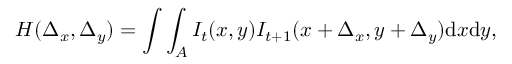
H ( \Delta _ { x } , \Delta _ { y } ) = \int \int _ { A } I _ { t } ( x , y ) I _ { t + 1 } ( x + \Delta _ { x } , y + \Delta _ { y } ) \mathrm { d } x \mathrm { d } y ,